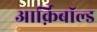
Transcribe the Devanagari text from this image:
आर्क़िबाॅल्ड